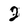
Character: 2